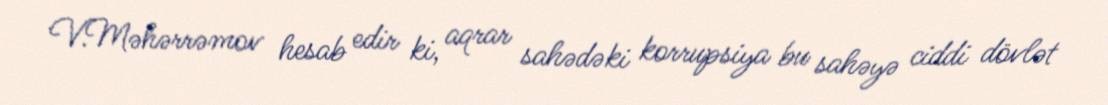
V.Məhərrəmov hesab edir ki, aqrar sahədəki korrupsiya bu sahəyə ciddi dövlət